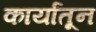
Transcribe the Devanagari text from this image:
कार्यांतून